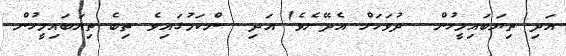
އަދި ތިޔަބައިމީހުން  ދުވަހަށް އެދޭށެވެ! އަދި  ންކަމުގައިވެ ތިބެ ތިޔަބައިމީހުން